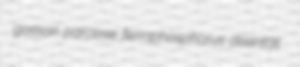
gossan parclose ferrophosphorus disentail